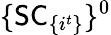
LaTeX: \{ \mathsf{SC}_{\{ i^{t}\} }\} ^{0}